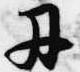
丹